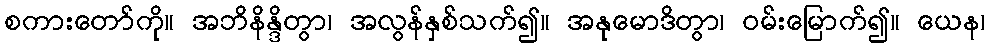
စကားတော်ကို။ အဘိနိန္ဒိတွာ၊ အလွန်နှစ်သက်၍။ အနုမောဒိတွာ၊ ဝမ်းမြောက်၍။ ယေန၊